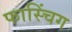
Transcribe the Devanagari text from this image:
फास्चिंग